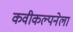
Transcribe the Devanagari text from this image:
कवीकल्पनेला